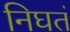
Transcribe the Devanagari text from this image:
निघतं